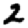
Digit: 2